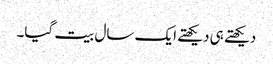
دیکھتے ہی دیکھتے ایک سال بیت گیا۔